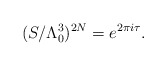
\begin{align*}( S / \Lambda_0^3 )^{2N} = e^{2 \pi i \tau}.\end{align*}